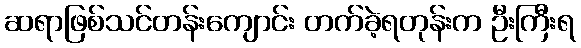
ဆရာဖြစ်သင်တန်းကျောင်း တက်ခဲ့ရတုန်းက ဦးကြီးရ